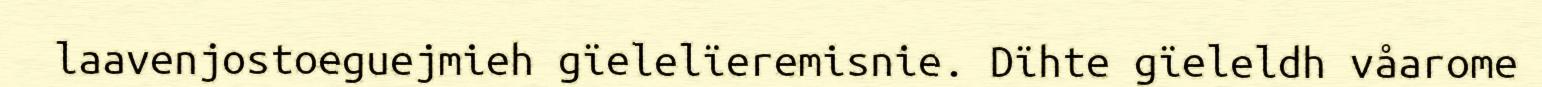
laavenjostoeguejmieh gïelelïeremisnie. Dïhte gïeleldh våarome